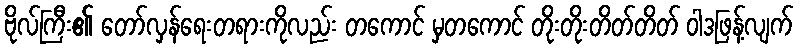
ဗိုလ်ကြီး၏ တော်လှန်ရေးတရားကိုလည်း တကောင် မှတကောင် တိုးတိုးတိတ်တိတ် ဝါဒဖြန့်လျက်